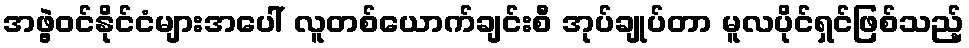
အဖွဲ့ဝင်နိုင်ငံများအပေါ် လူတစ်ယောက်ချင်းစီ အုပ်ချုပ်တာ မူလပိုင်ရှင်ဖြစ်သည့်